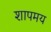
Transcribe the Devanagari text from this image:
शापमय